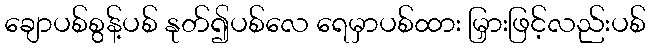
ချောပစ်စွန့်ပစ် နုတ်၍ပစ်လေ ရေမှာပစ်ထား မြှားဖြင့်လည်းပစ်